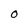
Character: O